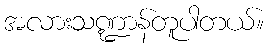
အလားသဏ္ဍာန်တူပါတယ်။